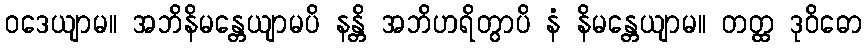
ဝဒေယျာမ။ အဘိနိမန္တေယျာမပိ နန္တိ အဘိဟရိတွာပိ နံ နိမန္တေယျာမ။ တတ္ထ ဒုဝိဓော